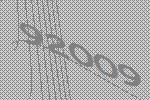
92009